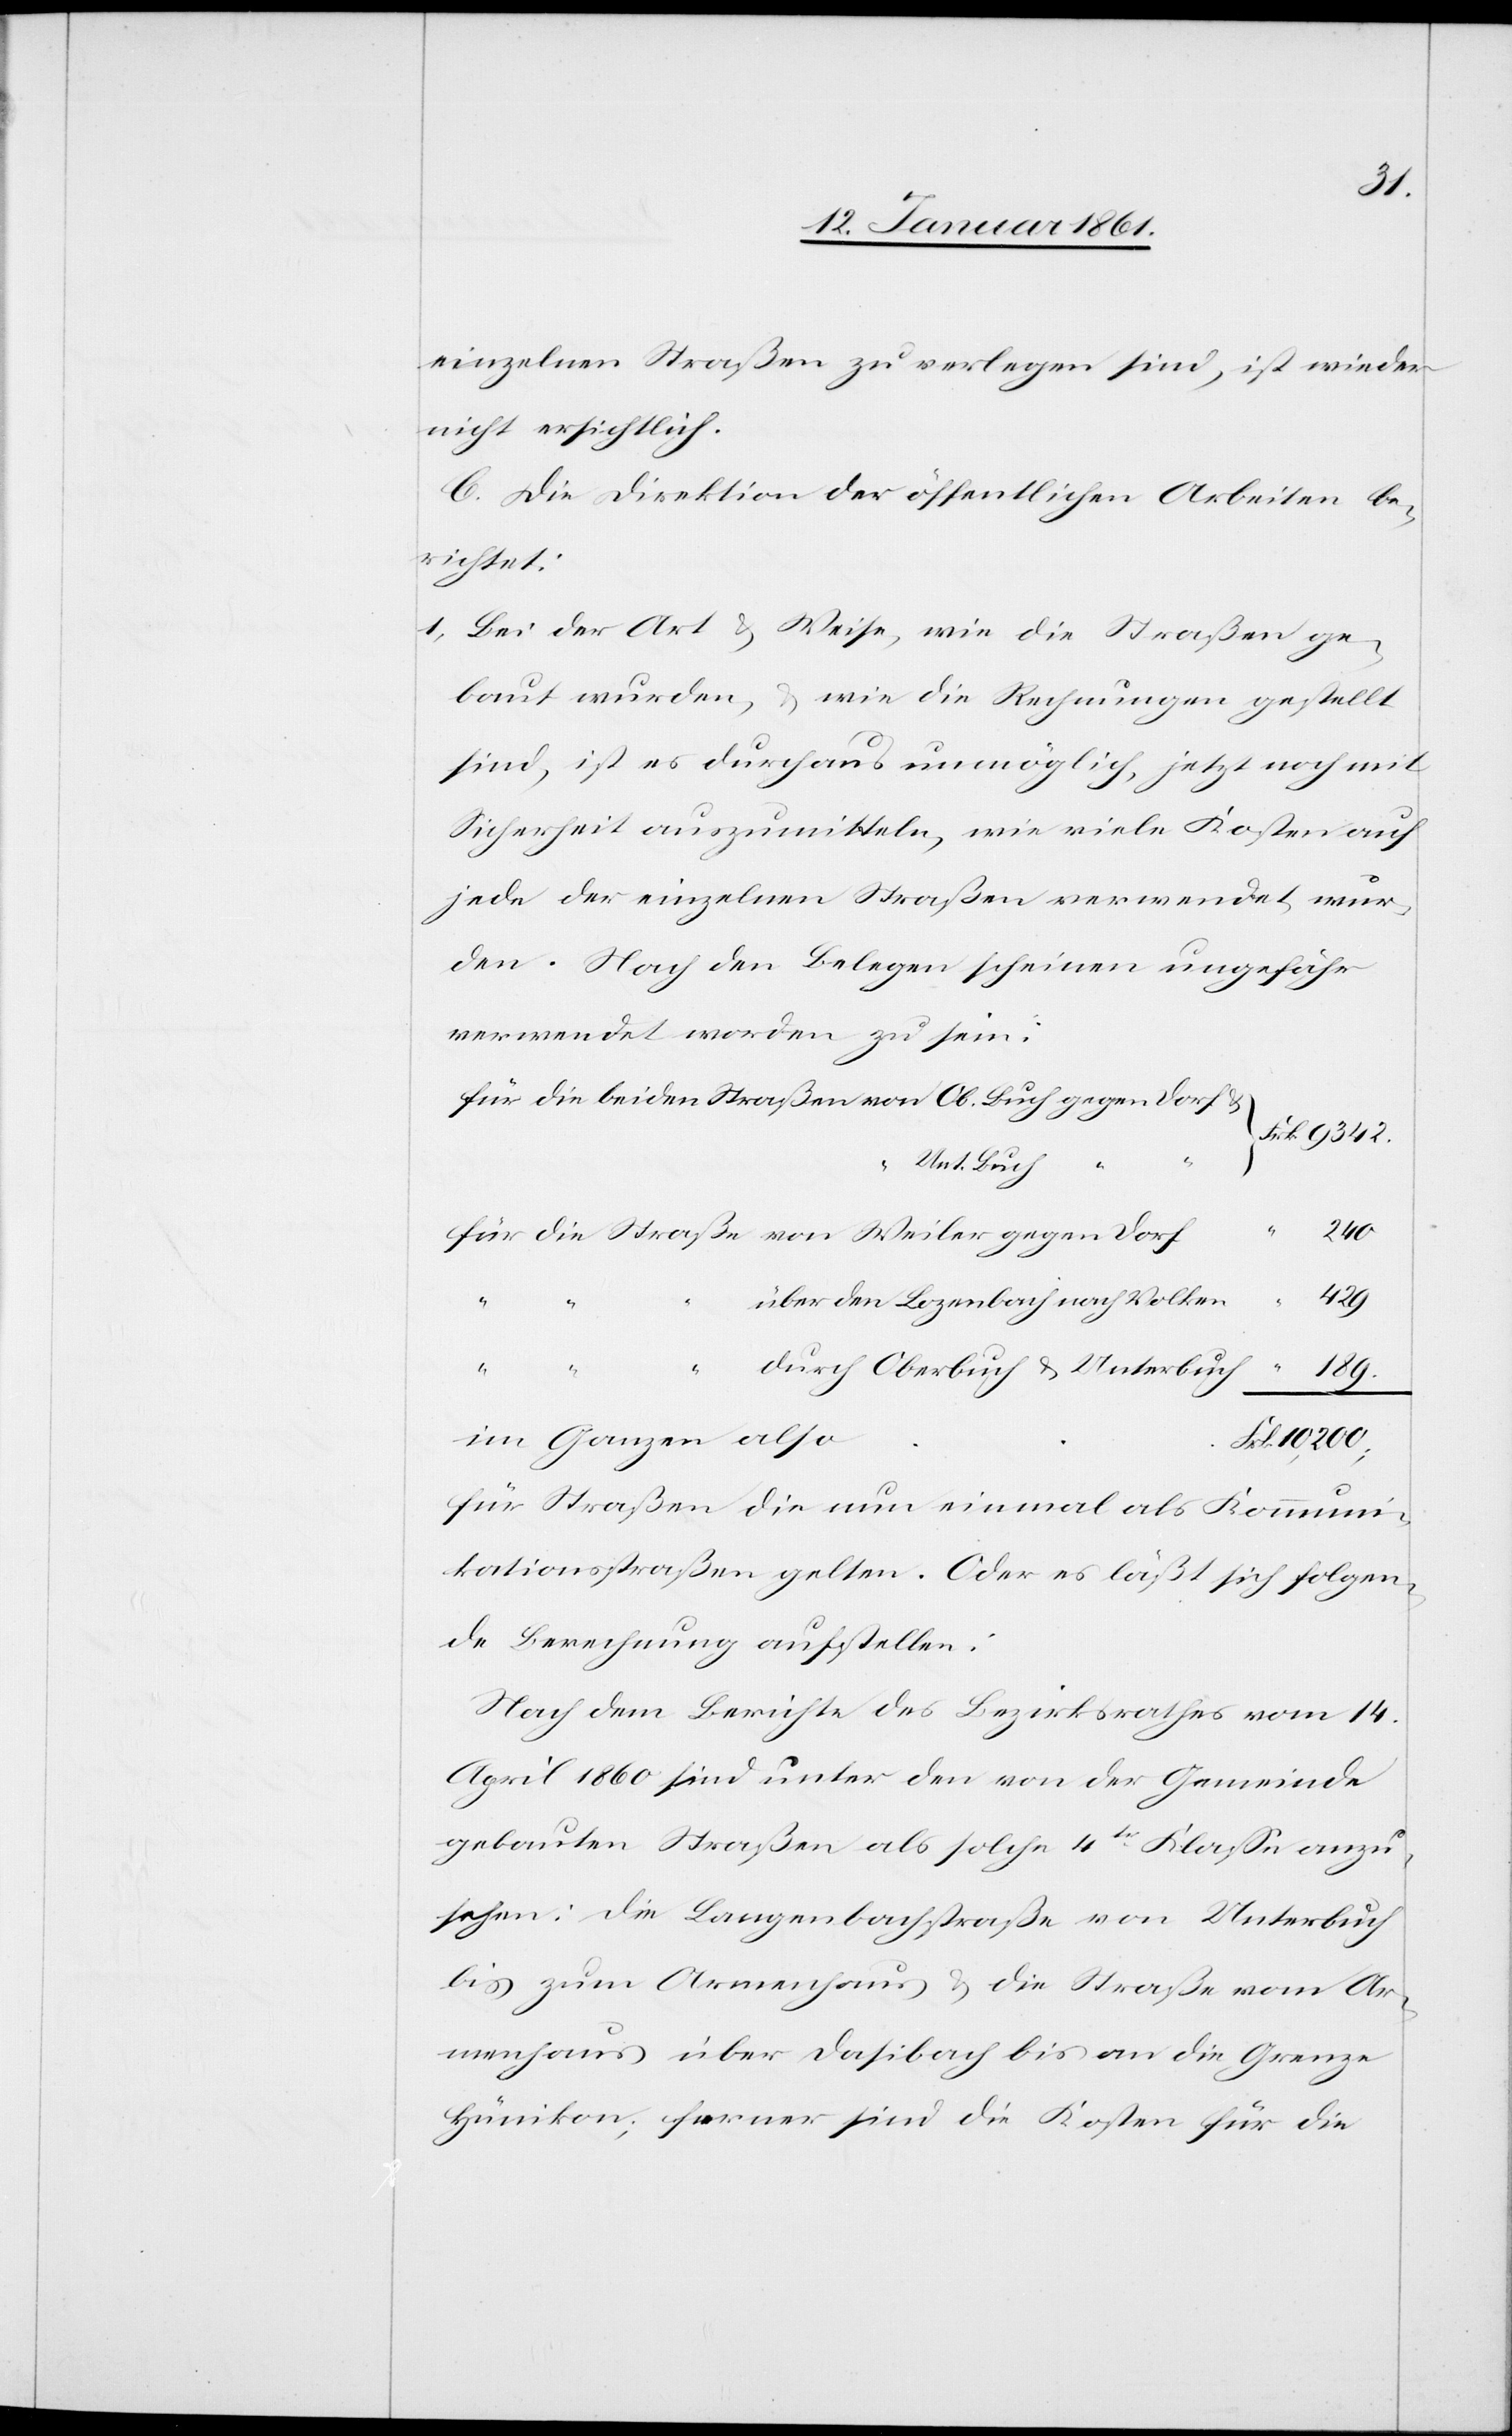
einzelnen Straßen zu verlegen sind, ist wieder
nicht ersichtlich.
C. Die Direktion der öffentlichen Arbeiten be¬
richtet:
1) Bei der Art u. Weise, wie die Straßen ge¬
baut wurden, u. wie die Rechnungen gestellt
sind, ist es durchaus unmöglich, jetzt noch mit
Sicherheit auszumitteln, wie viele Kosten auf
jede der einzelnen Straßen verwendet wur¬
den. Nach den Belegen scheinen ungefähr
verwendet worden zu sein:
die Strasse
Unterbuch
“
240
über den Lozenbach nach Volken
Frk.
189
im Ganzen also
für Straßen die nun einmal als Kommuni¬
kationsstraßen gelten. Oder es läßt sich folgen¬
de Berechnung aufzustellen:
Nach dem Berichte des Bezirksrathes vom 14.
April 1860 sind unter den von der Gemeinde
gebauten Straßen als solche 4tr Klasse anzu¬
sehen: Die Langenbachstraße von Unterbuch
bis zum Armenhaus u. die Straße vom Ar¬
menhaus über Dasibach bis an die Grenze
Hünikon; ferner sind die Kosten für die